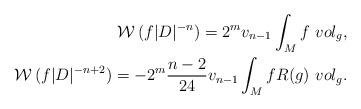
LaTeX: \begin{align*}\begin{aligned}\mathcal{W}\,(f|D|^{-n})= 2^{m} v_{n-1} \int _{M} f~vol_{g},\\\mathcal{W}\,(f |D|^{-n+2})= -2^{m} \frac{n-2}{24} v_{n-1} \int _{M}f R(g)~vol_{g} .\end{aligned}\end{align*}